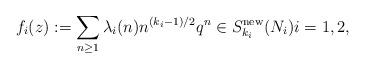
LaTeX: \begin{align*}f_i(z):=\sum_{n\ge1}\lambda_i(n)n^{(k_i-1)/2}q^n\in S_{k_i}^{\mathrm{new}}(N_i) i=1,2,\end{align*}